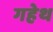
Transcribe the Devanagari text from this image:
गहेथ